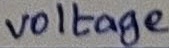
Text: voltage